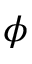
\phi